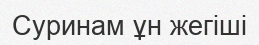
Суринам ұн жегіші